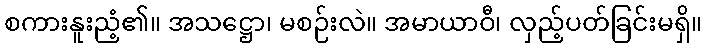
စကားနူးညံ့၏။ အသဋ္ဌော၊ မစဉ်းလဲ။ အမာယာဝီ၊ လှည့်ပတ်ခြင်းမရှိ။